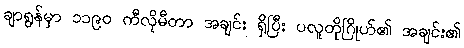
ချာရွန်မှာ ၁၁၉၀ ကီလိုမီတာ အချင်း ရှိပြီး ပလူတိုဂြိုဟ်၏ အချင်း၏